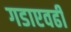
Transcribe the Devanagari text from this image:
गडाएवढी